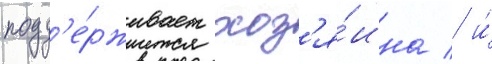
подд'е́рживает хоз'я́ина / и́